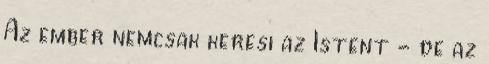
Az ember nemcsak keresi az Istent - de az